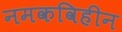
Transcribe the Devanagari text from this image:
नमकविहीन